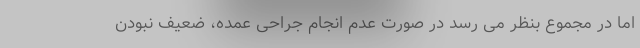
اما در مجموع بنظر می رسد در صورت عدم انجام جراحی عمده، ضعیف نبودن